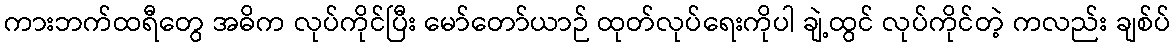
ကားဘက်ထရီတွေ အဓိက လုပ်ကိုင်ပြီး မော်တော်ယာဉ် ထုတ်လုပ်ရေးကိုပါ ချဲ့ထွင် လုပ်ကိုင်တဲ့ ကလည်း ချစ်ပ်